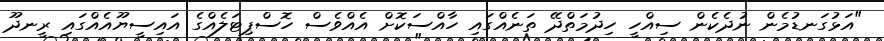
"އަޅުގަނޑުމެން ނުދެކެން ސިއްހީ ހިދުމަތްދޭ ތަނެއްގައި ހާއްސަކޮށް އެއްވެސް ހޮސްޕިޓަލެއްގެ އައިސީޔޫއެއްގައި ރީނދޫ